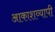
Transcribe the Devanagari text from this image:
आकाशव्यापी